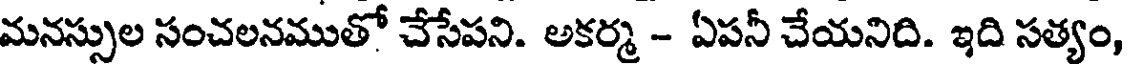
మనస్సుల సంచలనముతో చేసేపని. అకర్మ - ఏపనీ చేయనిది. ఇది సత్యం,